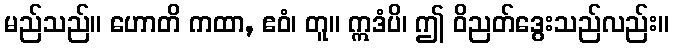
မည်သည်။ ဟောတိ ကထာ, ဧဝံ၊ တူ။ ဣဒံပိ၊ ဤ ဝိညတ်ဒွေးသည်လည်း။